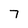
Character: 7